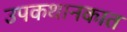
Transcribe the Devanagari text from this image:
उपकथानकात